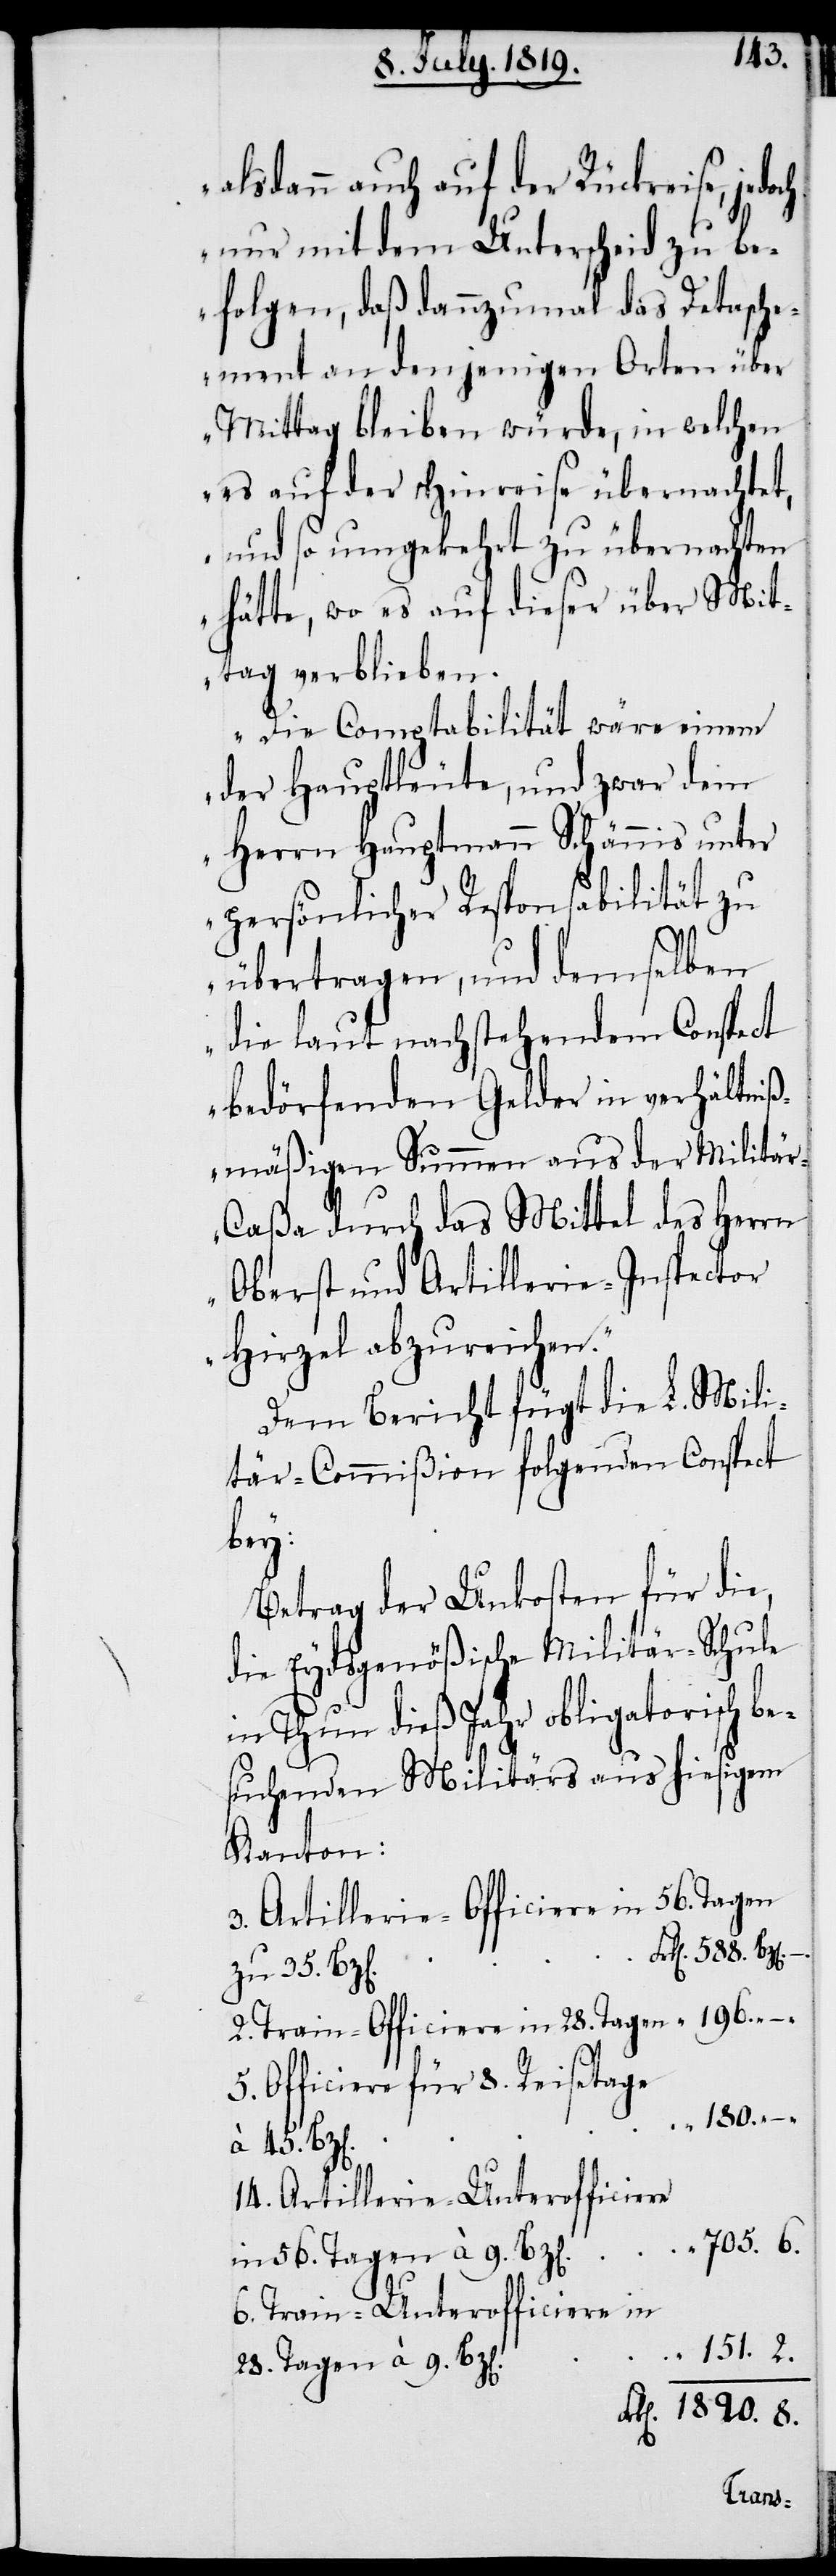
45.
alsdann auch auf der Rückreise, jedoch
nur mit dem Unterscheid zu be¬
folgen, daß dannzumal das Detasche¬
ment an denjenigen Orten über
Mittag bleiben würde, in welchen
es auf der Hinreise übernachtet,
und so umgekehrt zu übernachten
hätte, wo es auf dieser über Mit¬
tag verblieben.
Die Comptabilität wäre einem
der Hauptleute, und zwar dem
Herrn Hauptmann Schännis unter
persönlicher Responsabilität zu
übertragen, und demselben
die laut nachstehendem Conspect
bedörfenden Gelder in verhältniß¬
mäßigen Summen aus der Militä¬
r-Caßa durch das Mittel des Herrn
Oberst und Artillerie-Inspector
Hirzel abzureichen.“
Dem Bericht fügt die L. Mili¬
tär-Commißion folgenden Conspect
bey:
Betrag der Unkosten für die,
die Eydsgenößische Militär-Schule
in Thun dieß Jahr obligatorisch be¬
suchenden Militärs aus hiesigem
Kanton:
3. Artillerie-Officiere in 56. Tagen
Frk[en].1820. 8.
zu 35.
2. Train-Officiere in 28. Tagen
5. Officiere für 8. Reisetage
28. Tagen
14. Artillerie-Unterofficiere
705. 6.
in 56. Tagen à 9. Bz[en].
6. Train-Unterofficiere in
151. 2.